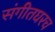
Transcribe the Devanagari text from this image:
संगीतघरच